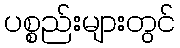
ပစ္စည်းများတွင်